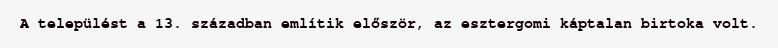
A települést a 13. században említik először, az esztergomi káptalan birtoka volt.